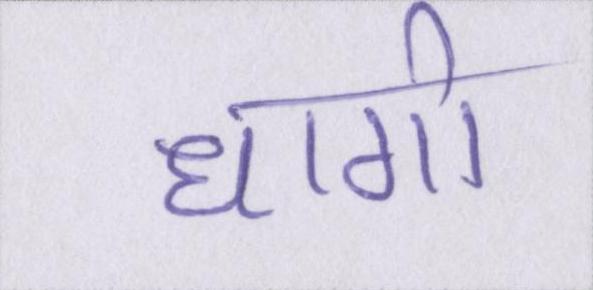
धागो